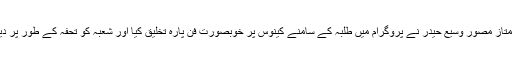
ممتاز مصور وسیع حیدر نے پروگرام میں طلبہ کے سامنے کینوس پر خوبصورت فن پارہ تخلیق کیا اور شعبہ کو تحفہ کے طور پر دیا۔